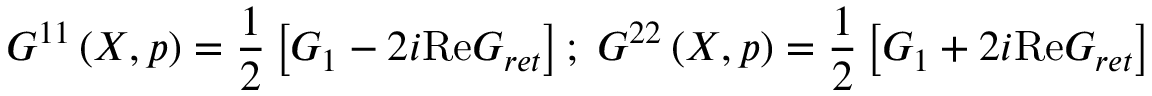
G ^ { 1 1 } \left( X , p \right) = \frac 1 2 \left[ G _ { 1 } - 2 i \mathrm { R e } G _ { r e t } \right] ; \; G ^ { 2 2 } \left( X , p \right) = \frac 1 2 \left[ G _ { 1 } + 2 i \mathrm { R e } G _ { r e t } \right]